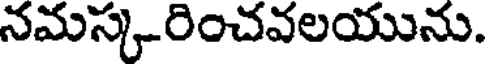
నమస్కరించవలయును.